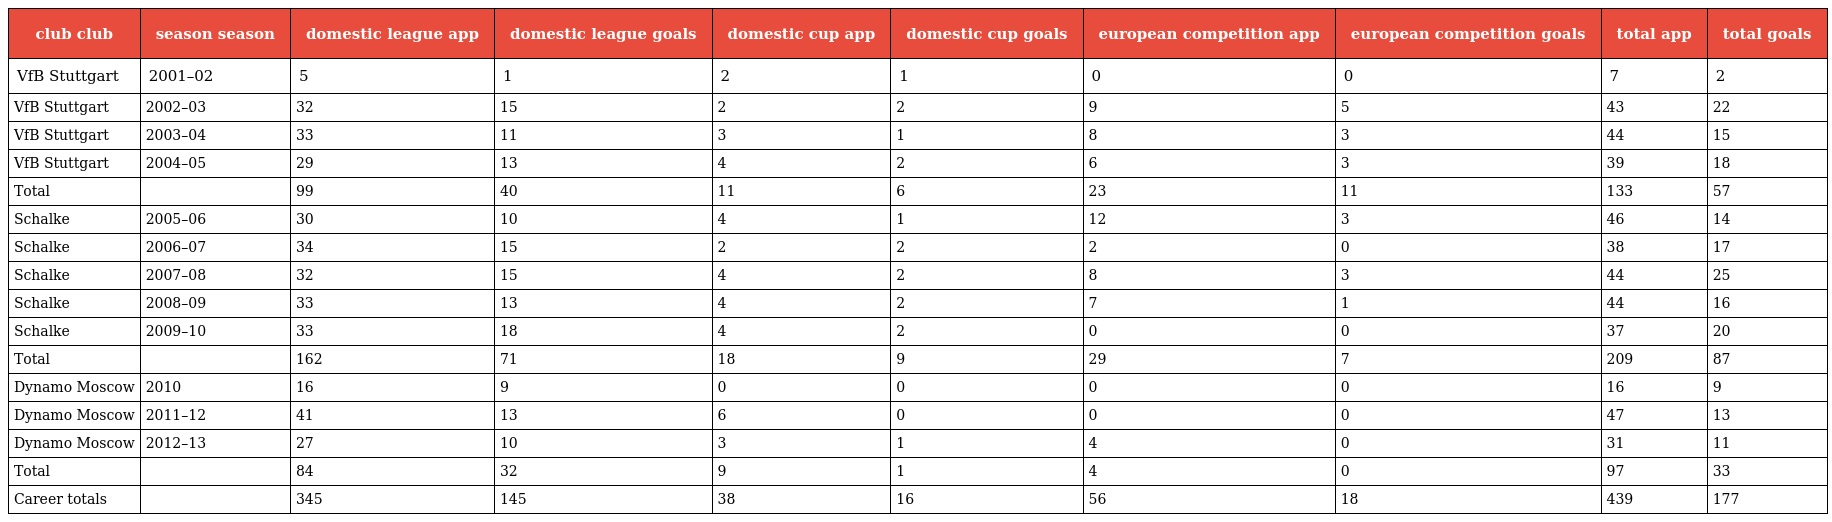
| club club | season season | domestic league app | domestic league goals | domestic cup app | domestic cup goals | european competition app | european competition goals | total app | total goals |
 | --- | --- | --- | --- | --- | --- | --- | --- | --- | --- |
 | VfB Stuttgart | 2001–02 | 5 | 1 | 2 | 1 | 0 | 0 | 7 | 2 |
 | VfB Stuttgart | 2002–03 | 32 | 15 | 2 | 2 | 9 | 5 | 43 | 22 |
 | VfB Stuttgart | 2003–04 | 33 | 11 | 3 | 1 | 8 | 3 | 44 | 15 |
 | VfB Stuttgart | 2004–05 | 29 | 13 | 4 | 2 | 6 | 3 | 39 | 18 |
 | Total |  | 99 | 40 | 11 | 6 | 23 | 11 | 133 | 57 |
 | Schalke | 2005–06 | 30 | 10 | 4 | 1 | 12 | 3 | 46 | 14 |
 | Schalke | 2006–07 | 34 | 15 | 2 | 2 | 2 | 0 | 38 | 17 |
 | Schalke | 2007–08 | 32 | 15 | 4 | 2 | 8 | 3 | 44 | 25 |
 | Schalke | 2008–09 | 33 | 13 | 4 | 2 | 7 | 1 | 44 | 16 |
 | Schalke | 2009–10 | 33 | 18 | 4 | 2 | 0 | 0 | 37 | 20 |
 | Total |  | 162 | 71 | 18 | 9 | 29 | 7 | 209 | 87 |
 | Dynamo Moscow | 2010 | 16 | 9 | 0 | 0 | 0 | 0 | 16 | 9 |
 | Dynamo Moscow | 2011–12 | 41 | 13 | 6 | 0 | 0 | 0 | 47 | 13 |
 | Dynamo Moscow | 2012–13 | 27 | 10 | 3 | 1 | 4 | 0 | 31 | 11 |
 | Total |  | 84 | 32 | 9 | 1 | 4 | 0 | 97 | 33 |
 | Career totals |  | 345 | 145 | 38 | 16 | 56 | 18 | 439 | 177 |